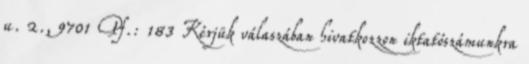
u. 2., 9701 Pf.: 183 Kérjük válaszában hivatkozzon iktatószámunkra